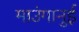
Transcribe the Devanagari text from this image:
माउंगानुई